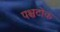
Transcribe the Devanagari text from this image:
पश्चटोक